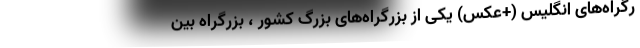
رگراه‌های انگلیس (+عکس) یکی از بزرگراه‌های بزرگ کشور ، بزرگراه بین